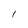
Character: 1